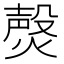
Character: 㷫